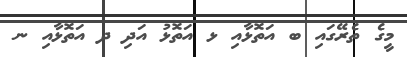
މީގެ ތެރޭގައި ބ އަތޮޅާއި ޅ އަތޮޅު އަދި ދ އަތޮޅާއި ނ